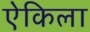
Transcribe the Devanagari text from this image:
ऐकिला